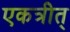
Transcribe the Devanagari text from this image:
एकत्रीत्